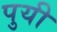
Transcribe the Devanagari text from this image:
पुयी